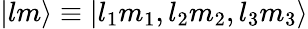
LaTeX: |lm\rangle\equiv|l_{1}m_{1},l_{2}m_{2},l_{3}m_{3}\rangle